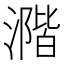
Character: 𣾂